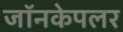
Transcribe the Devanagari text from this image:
जॉनकेपलर